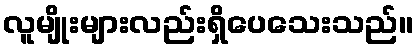
လူမျိုးများလည်းရှိပေသေးသည်။